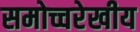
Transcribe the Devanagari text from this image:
समोच्चरेखीय